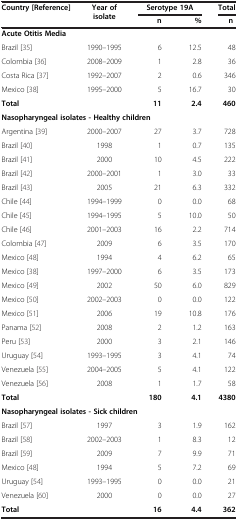
<table><thead><tr><td><b>Country [Reference]</b></td><td><b>Year of isolate</b></td><td colspan="2"><b>Serotype 19A</b></td><td><b>Total</b></td></tr><tr><td><b> </b></td><td><b> </b></td><td><b>n</b></td><td><b>%</b></td><td><b>n</b></td></tr></thead><tbody><tr><td colspan="5"><b>Acute Otitis Media</b></td></tr><tr><td>Brazil [35]</td><td>1990–1995</td><td>6</td><td>12.5</td><td>48</td></tr><tr><td>Colombia [36]</td><td>2008–2009</td><td>1</td><td>2.8</td><td>36</td></tr><tr><td>Costa Rica [37]</td><td>1992–2007</td><td>2</td><td>0.6</td><td>346</td></tr><tr><td>Mexico [38]</td><td>1995–2000</td><td>5</td><td>16.7</td><td>30</td></tr><tr><td><b>Total</b></td><td> </td><td><b>11</b></td><td><b>2.4</b></td><td><b>460</b></td></tr><tr><td colspan="5"><b>Nasopharyngeal isolates - Healthy children</b></td></tr><tr><td>Argentina [39]</td><td>2000–2007</td><td>27</td><td>3.7</td><td>728</td></tr><tr><td>Brazil [40]</td><td>1998</td><td>1</td><td>0.7</td><td>135</td></tr><tr><td>Brazil [41]</td><td>2000</td><td>10</td><td>4.5</td><td>222</td></tr><tr><td>Brazil [42]</td><td>2000–2001</td><td>1</td><td>3.0</td><td>33</td></tr><tr><td>Brazil [43]</td><td>2005</td><td>21</td><td>6.3</td><td>332</td></tr><tr><td>Chile [44]</td><td>1994–1999</td><td>0</td><td>0.0</td><td>68</td></tr><tr><td>Chile [45]</td><td>1994–1995</td><td>5</td><td>10.0</td><td>50</td></tr><tr><td>Chile [46]</td><td>2001–2003</td><td>16</td><td>2.2</td><td>714</td></tr><tr><td>Colombia [47]</td><td>2009</td><td>6</td><td>3.5</td><td>170</td></tr><tr><td>Mexico [48]</td><td>1994</td><td>4</td><td>6.2</td><td>65</td></tr><tr><td>Mexico [38]</td><td>1997–2000</td><td>6</td><td>3.5</td><td>173</td></tr><tr><td>Mexico [49]</td><td>2002</td><td>50</td><td>6.0</td><td>829</td></tr><tr><td>Mexico [50]</td><td>2002–2003</td><td>0</td><td>0.0</td><td>122</td></tr><tr><td>Mexico [51]</td><td>2006</td><td>19</td><td>10.8</td><td>176</td></tr><tr><td>Panama [52]</td><td>2008</td><td>2</td><td>1.2</td><td>163</td></tr><tr><td>Peru [53]</td><td>2000</td><td>3</td><td>2.1</td><td>146</td></tr><tr><td>Uruguay [54]</td><td>1993–1995</td><td>3</td><td>4.1</td><td>74</td></tr><tr><td>Venezuela [55]</td><td>2004–2005</td><td>5</td><td>4.1</td><td>122</td></tr><tr><td>Venezuela [56]</td><td>2008</td><td>1</td><td>1.7</td><td>58</td></tr><tr><td><b>Total</b></td><td> </td><td><b>180</b></td><td><b>4.1</b></td><td><b>4380</b></td></tr><tr><td colspan="5"><b>Nasopharyngeal isolates - Sick children</b></td></tr><tr><td>Brazil [57]</td><td>1997</td><td>3</td><td>1.9</td><td>162</td></tr><tr><td>Brazil [58]</td><td>2002–2003</td><td>1</td><td>8.3</td><td>12</td></tr><tr><td>Brazil [59]</td><td>2009</td><td>7</td><td>9.9</td><td>71</td></tr><tr><td>Mexico [48]</td><td>1994</td><td>5</td><td>7.2</td><td>69</td></tr><tr><td>Uruguay [54]</td><td>1993–1995</td><td>0</td><td>0.0</td><td>21</td></tr><tr><td>Venezuela [60]</td><td>2000</td><td>0</td><td>0.0</td><td>27</td></tr><tr><td><b>Total</b></td><td> </td><td><b>16</b></td><td><b>4.4</b></td><td><b>362</b></td></tr></tbody></table>